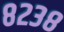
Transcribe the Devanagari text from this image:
८२३८